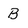
Character: B